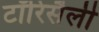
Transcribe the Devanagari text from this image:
टॉरिसैली